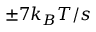
\pm 7 k _ { B } T / s